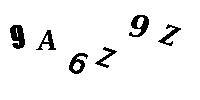
9A6Z9Z